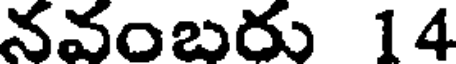
నవంబరు 14